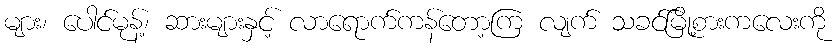
များ၊ ပေါင်မုန့်၊ ဆားများနှင့် လာရောက်ကန်တော့ကြ လျက် သခင်မြို့စားကလေးကို